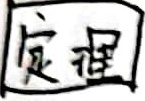
定理